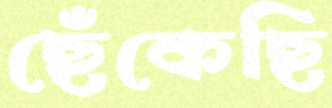
ছেঁকেছি